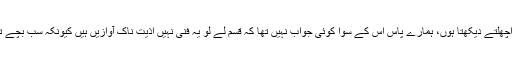
کیونکہ ہر روز میں آپ کی چھت پر پانچ گلہریوں کو اچھلتے دیکھتا ہوں، ہمارے پاس اس کے سوا کوئی جواب نہیں تھا کہ قسم لے لو یہ فنی نہیں اذیت ناک آوازیں ہیں کیونکہ سب بچے تھک ہار کر جب سوتے تو ان کا شور سونے نہیں دیتا۔